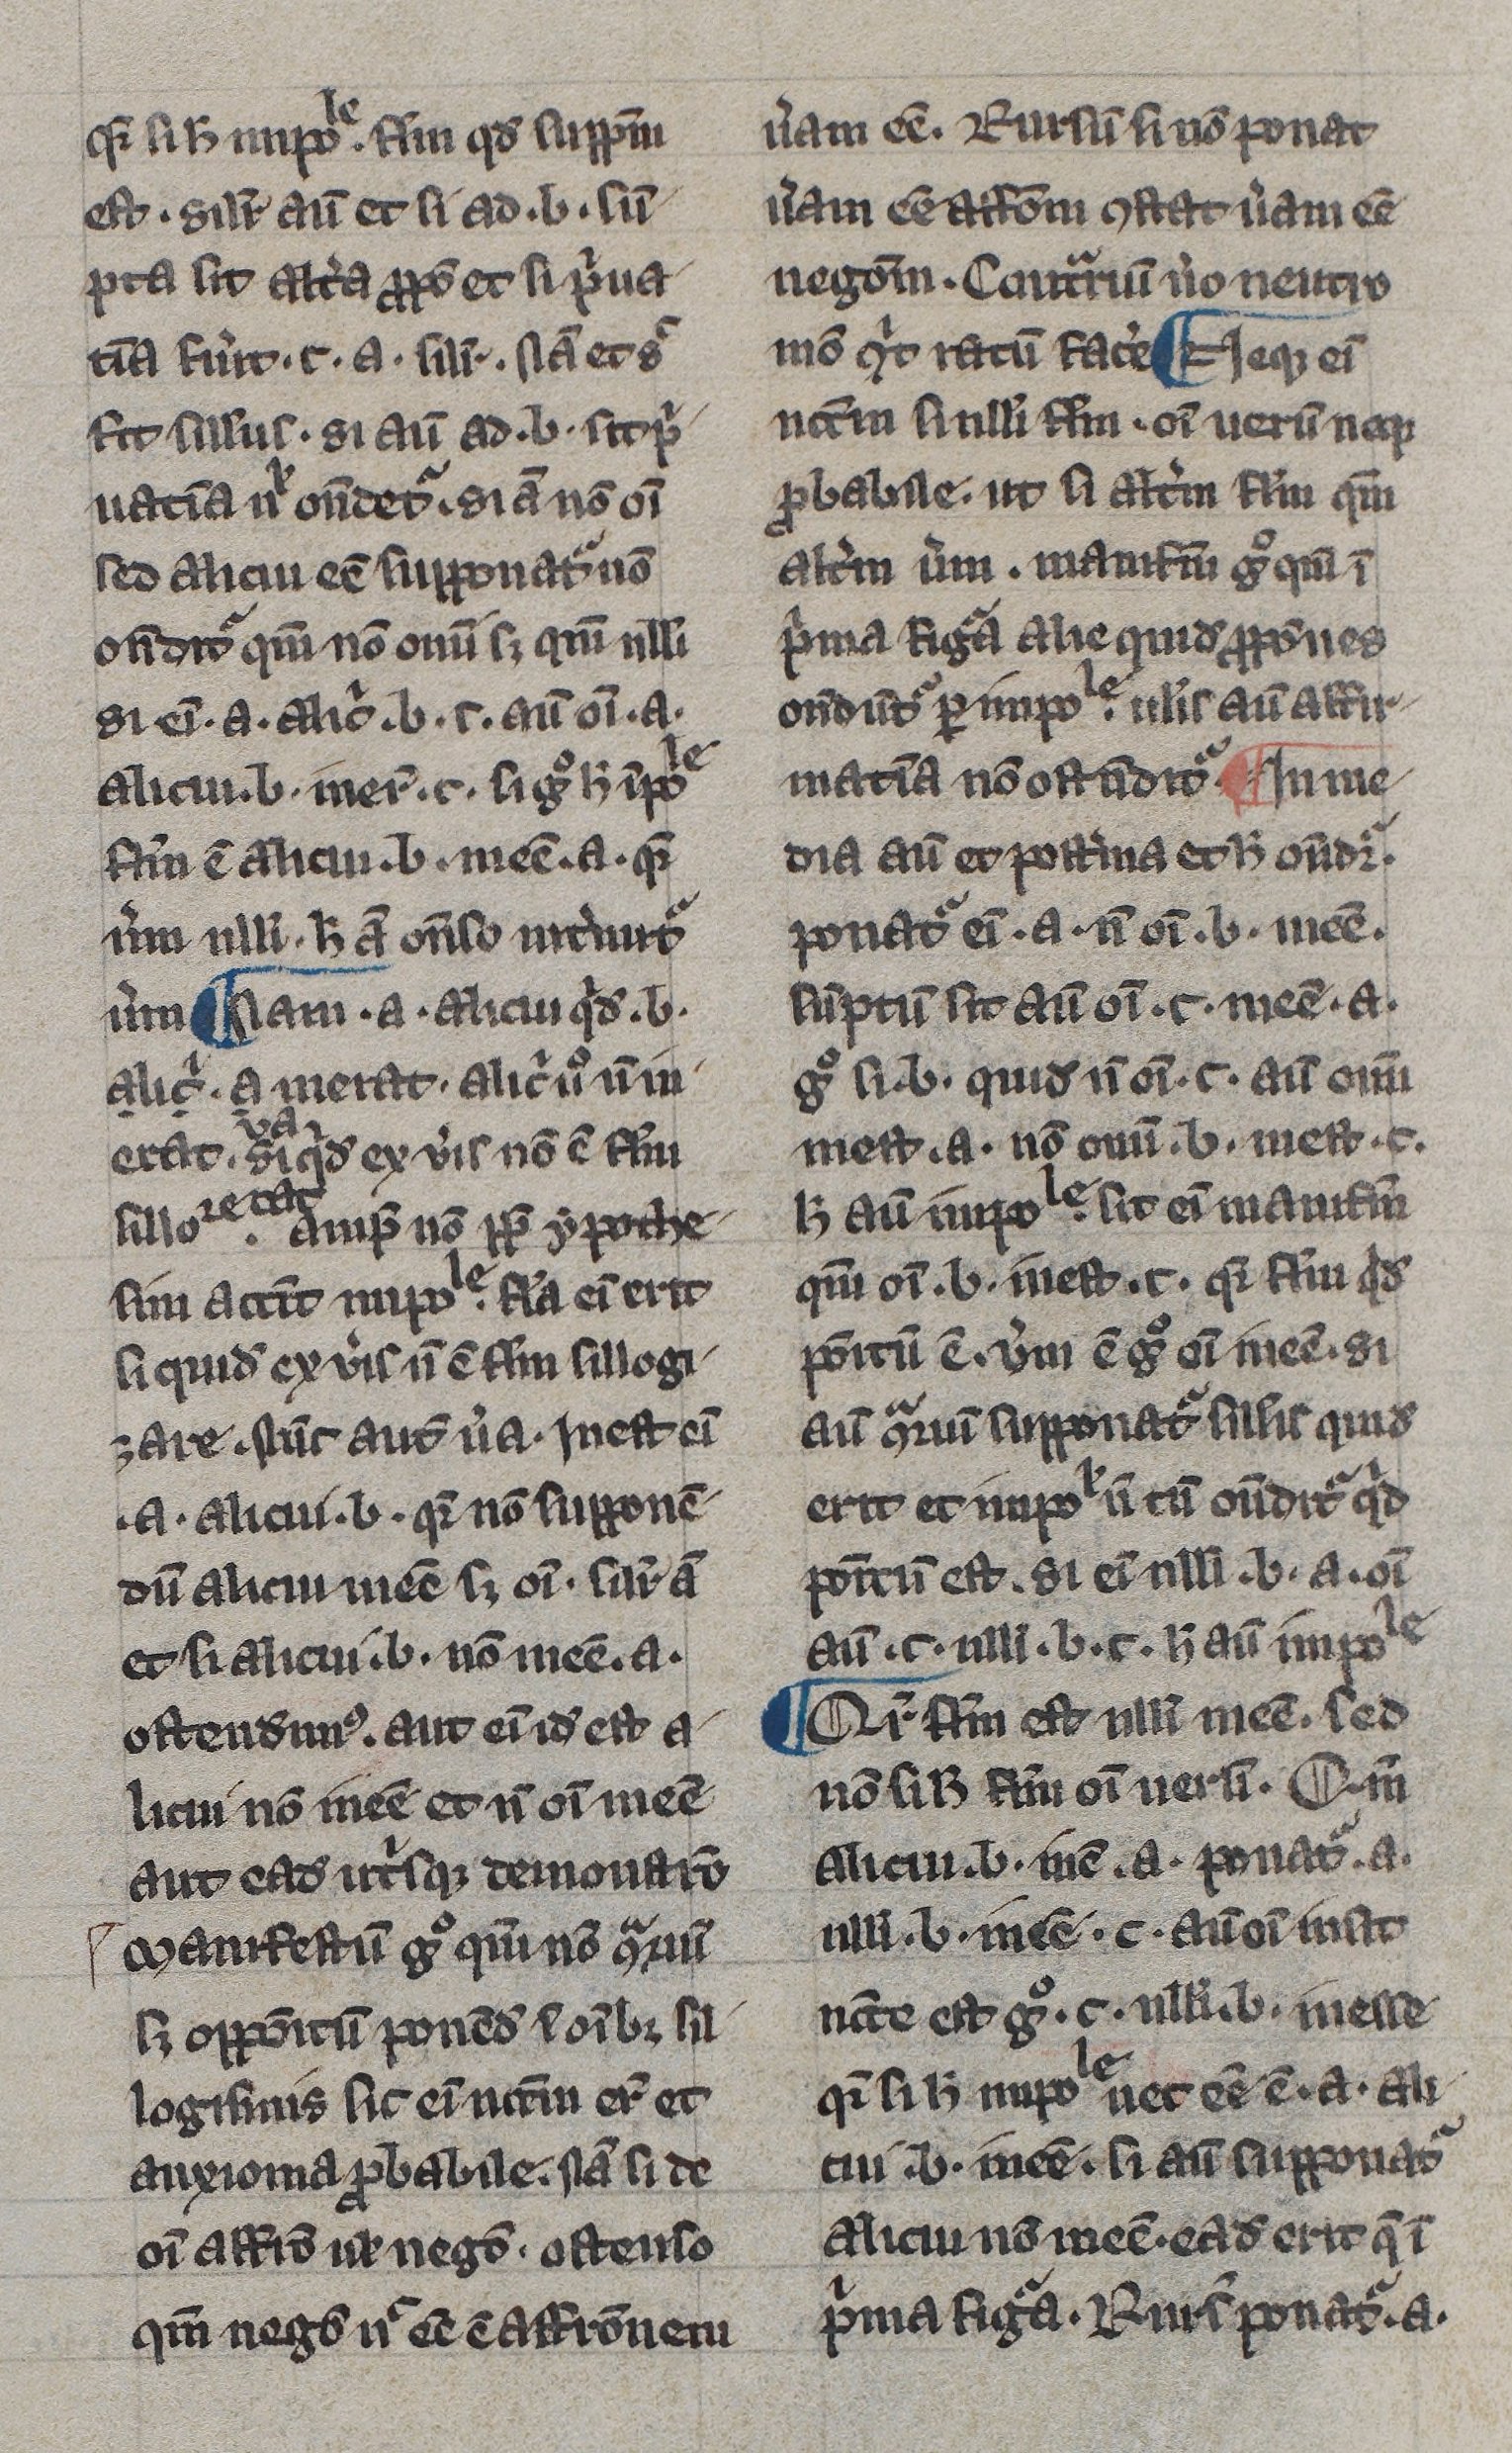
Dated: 1300–1330